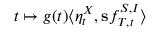
t \mapsto g ( t ) \langle \eta _ { t } ^ { X } , \mathbf { s } f _ { T , t } ^ { S , I } \rangle